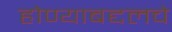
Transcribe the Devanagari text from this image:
होण्याबद्दलचे